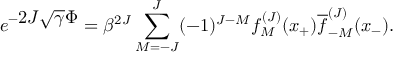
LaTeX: e ^ { - \displaystyle 2 J \sqrt { \gamma } \Phi } = \beta ^ { 2 J } \sum _ { M = - J } ^ { J } ( - 1 ) ^ { J - M } f _ { M } ^ { ( J ) } ( x _ { + } ) \overline { { f } } _ { - M } ^ { ( J ) } ( x _ { - } ) .